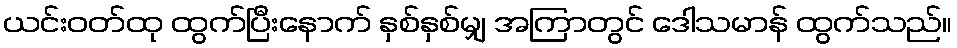
ယင်းဝတ်ထု ထွက်ပြီးနောက် နှစ်နှစ်မျှ အကြာတွင် ဒေါသမာန် ထွက်သည်။